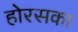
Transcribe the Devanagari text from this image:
होरसका